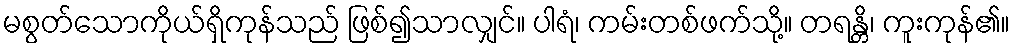
မစွတ်သောကိုယ်ရှိကုန်သည် ဖြစ်၍သာလျှင်။ ပါရံ၊ ကမ်းတစ်ဖက်သို့။ တရန္တိ၊ ကူးကုန်၏။